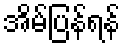
အိမ်ပြန်ရန်